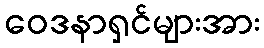
ဝေဒနာရှင်များအား